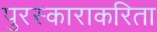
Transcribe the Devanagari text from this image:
पुरस्काराकरिता